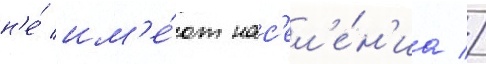
н'е́ им'е́ют нас'ел'е́н'иа //